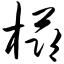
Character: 栉